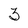
Character: 3